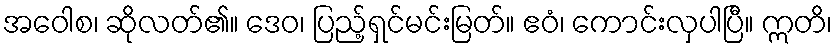
အဝေါစ၊ ဆိုလတ်၏။ ဒေဝ၊ ပြည့်ရှင်မင်းမြတ်။ ဧဝံ၊ ကောင်းလှပါပြီ။ ဣတိ၊